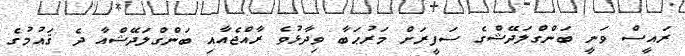
ރައީސް ވަނީ ބަންގްލަދޭޝްގެ ސަފީރަށް މަރުޙަބާ ވިދާޅުވެ ރާއްޖެއާއި ބަންގްލަދޭޝްއާ ދެ ޤައުމުގެ